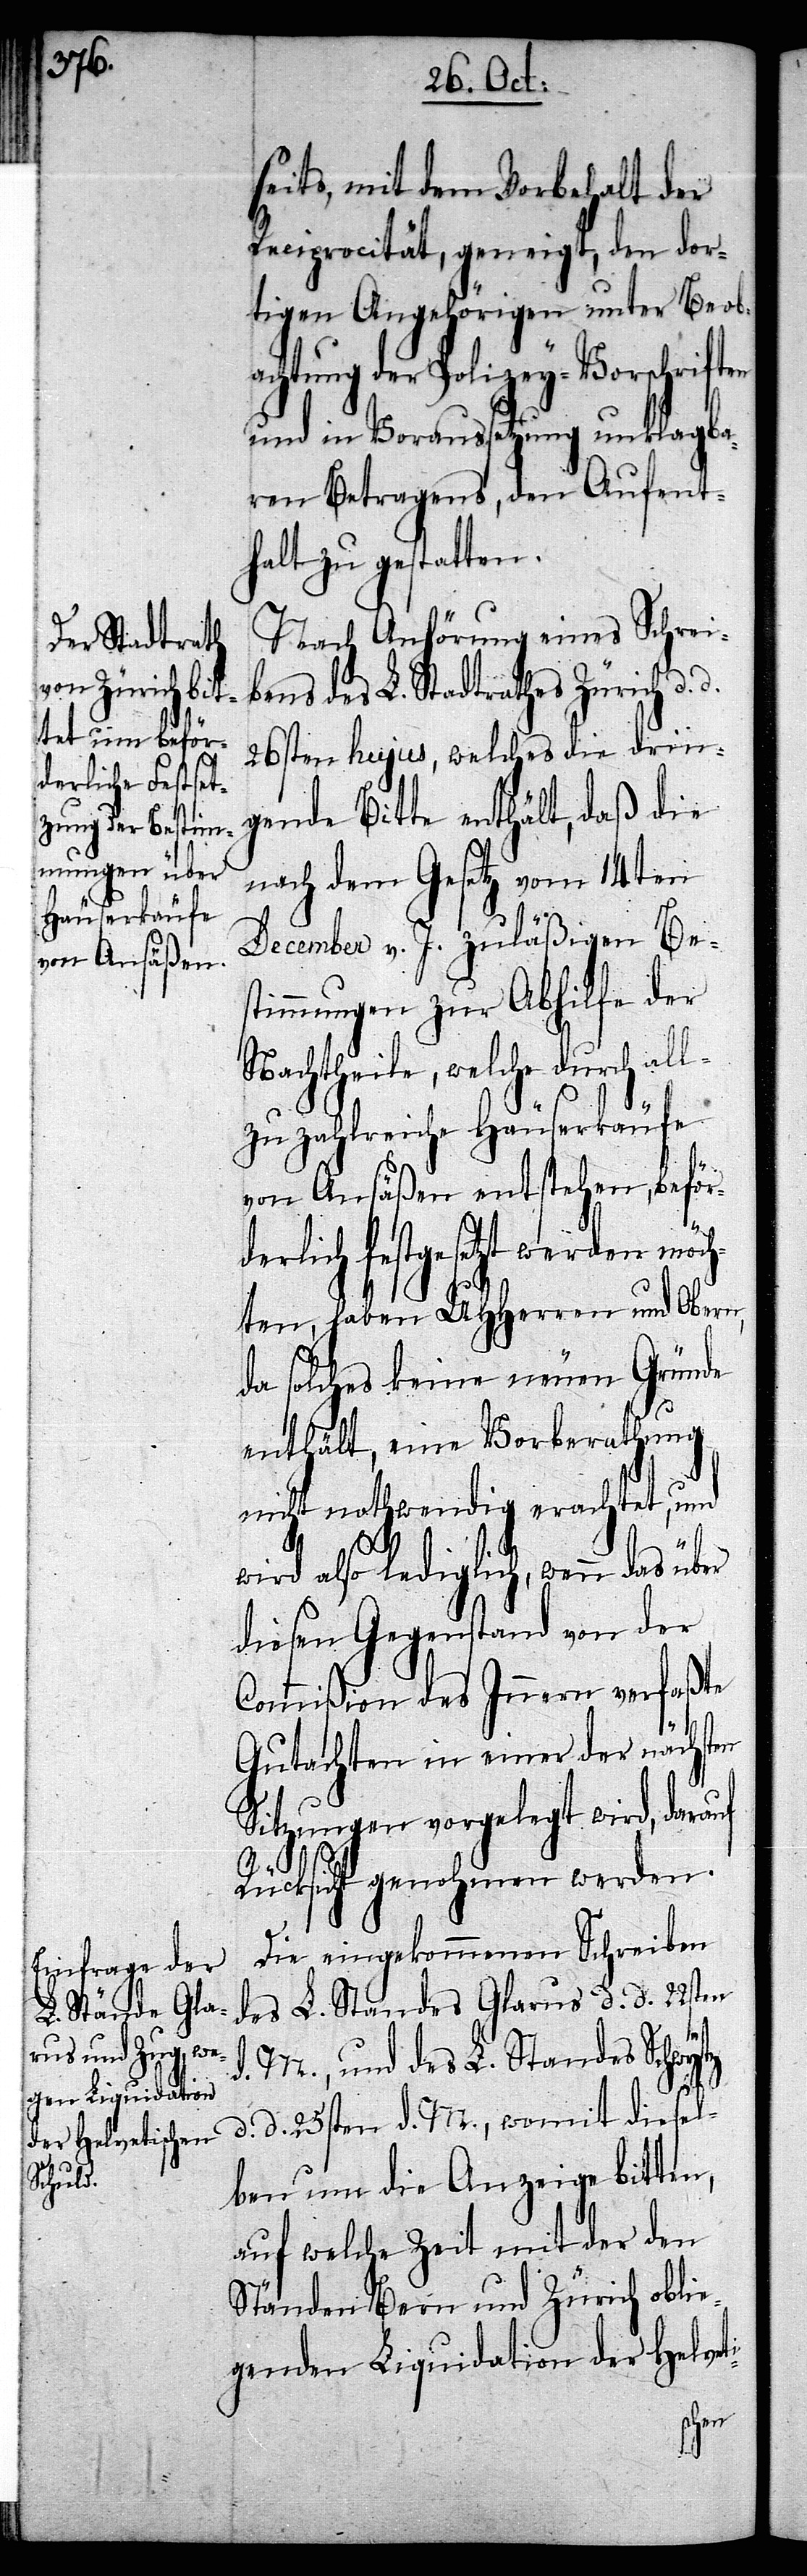
seits, mit dem Vorbehalt der
Reciprocität, geneigt, den dor¬
tigen Angehörigen unter Beob¬
achtung der Polizey-Vorschriften
und in Voraussetzung unklagba¬
ren Betragens, den Aufent¬
halt zu gestatte¬
Nach Anhörung eines Schrei¬
bens des L. Stadtrathes Zürich d.
26sten hujus, welches die drin¬
gende Bitte enthält, daß die
nach dem Gesetz vom 14ten
December v. J. zuläßigen Be¬
stimmungen zur Abhilfe der
Nachtheile, welche durch al¬
lzu zahlreiche Häuserkäufe
von Ansäßen entstehen, beför¬
erlich festgesetzt werden möch¬
ten, haben UHHerren und Obern,
da solches keine neuen Gründe
enthält, eine Vorberathung
nicht nothwendig erachtet, und
n.[“]
wird also lediglich, wenn das über
diesen Gegenstand von der
Commißion des Innern verfaßte
Gutachten in einer der nächsten
Sitzungen vorgelegt wird, darauf
d¬
i-
Rücksicht genohmen werden.
Die eingekommenen Schreiben
des L. Standes Glarus d. d. 22sten
d. M., und des L. Standes Schwytz
d. d. 25sten d. M., womit diesel¬
ben um die Anzeige bitten,
auf welche Zeit mit der den
Ständen Bern und Zürich oblie¬
genden Liquidation der Helvet¬